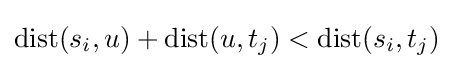
\mathrm {dist} (s_{i},u)+\mathrm {dist} (u,t_{j})<\mathrm {dist} (s_{i},t_{j})